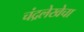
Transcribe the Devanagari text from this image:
चंद्रलेखेचा